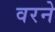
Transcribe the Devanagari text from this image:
वरने